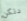
دنكن